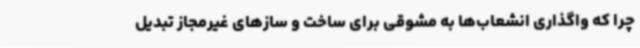
چرا که واگذاری انشعاب‌ها به مشوقی برای ساخت و سازهای غیرمجاز تبدیل